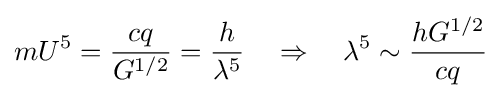
mU^{5}={\frac {cq}{G^{1/2}}}={\frac {h}{\lambda ^{5}}}\quad \Rightarrow \quad \lambda ^{5}\sim {\frac {hG^{1/2}}{cq}}